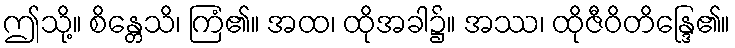
ဤသို့။ စိန္တေသိ၊ ကြံ၏။ အထ၊ ထိုအခါ၌။ အဿ၊ ထိုဇီဝိတိန္ဒြေ၏။